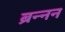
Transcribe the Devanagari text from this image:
ब्रन्नन